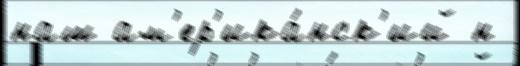
наш ам'ер'ика́нск'ий н